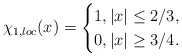
\begin{align*}\chi_{1,loc}(x)=\begin{cases}1, |x|\leq 2/3,\\0, |x|\geq 3/4.\end{cases}\end{align*}